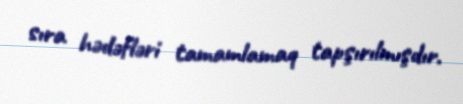
sıra hədəfləri tamamlamaq tapşırılmışdır.